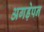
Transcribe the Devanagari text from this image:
अगड़ेपन